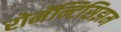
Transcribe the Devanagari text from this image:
रोमॅन्टिसिझम